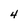
Character: 4